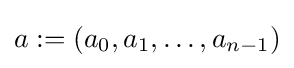
a:=(a_{0},a_{1},\ldots ,a_{n-1})